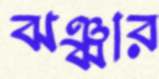
ঝঞ্ঝার